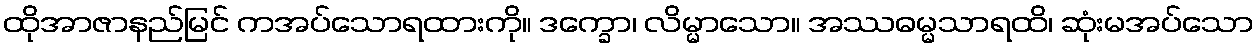
ထိုအာဇာနည်မြင် ကအပ်သောရထားကို။ ဒက္ခော၊ လိမ္မာသော။ အဿဓမ္မသာရထိ၊ ဆုံးမအပ်သော